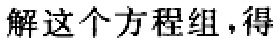
解这个方程组，得